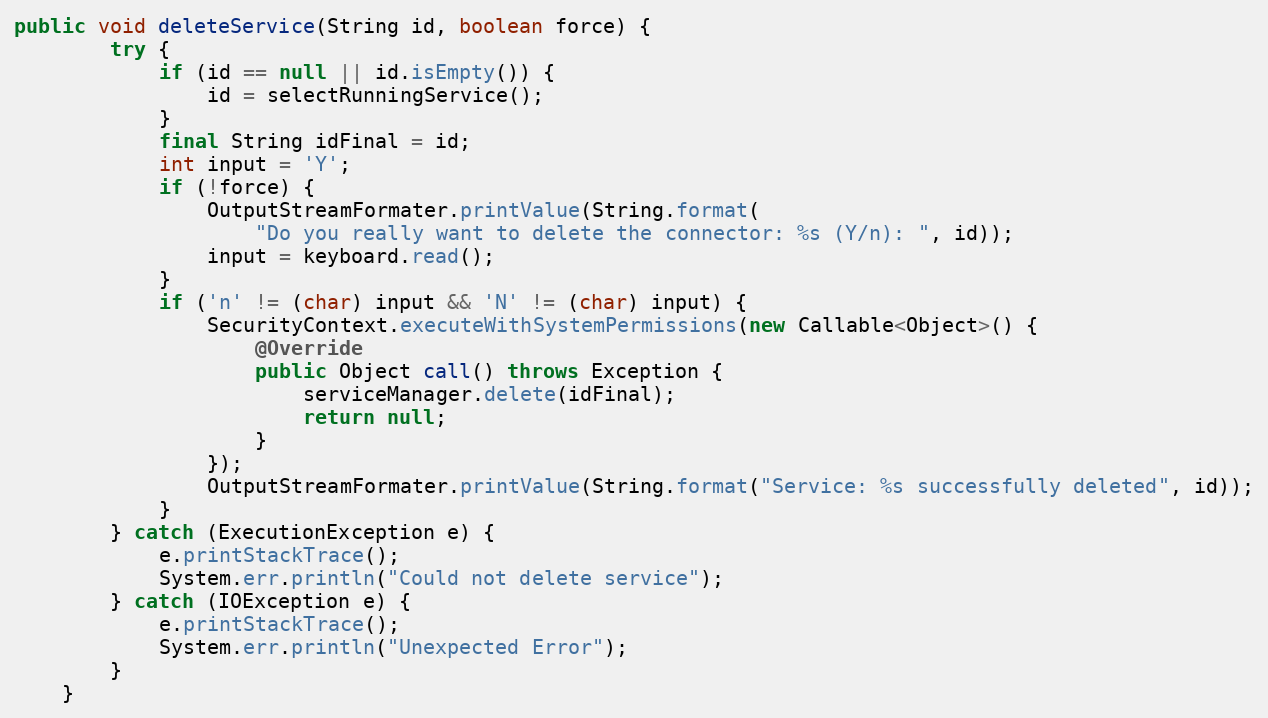
Language: Java
public void deleteService(String id, boolean force) {
        try {
            if (id == null || id.isEmpty()) {
                id = selectRunningService();
            }
            final String idFinal = id;
            int input = 'Y';
            if (!force) {
                OutputStreamFormater.printValue(String.format(
                    "Do you really want to delete the connector: %s (Y/n): ", id));
                input = keyboard.read();
            }
            if ('n' != (char) input && 'N' != (char) input) {
                SecurityContext.executeWithSystemPermissions(new Callable<Object>() {
                    @Override
                    public Object call() throws Exception {
                        serviceManager.delete(idFinal);
                        return null;
                    }
                });
                OutputStreamFormater.printValue(String.format("Service: %s successfully deleted", id));
            }
        } catch (ExecutionException e) {
            e.printStackTrace();
            System.err.println("Could not delete service");
        } catch (IOException e) {
            e.printStackTrace();
            System.err.println("Unexpected Error");
        }
    }